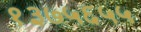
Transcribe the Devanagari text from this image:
१३७५६५५